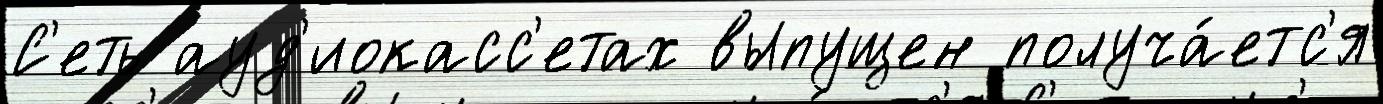
С'еть ауд'иокасс'етах выпущен получа́етс'я